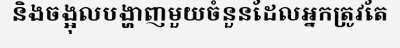
និងចង្អុលបង្ហាញមួយចំនួនដែលអ្នកត្រូវតែ